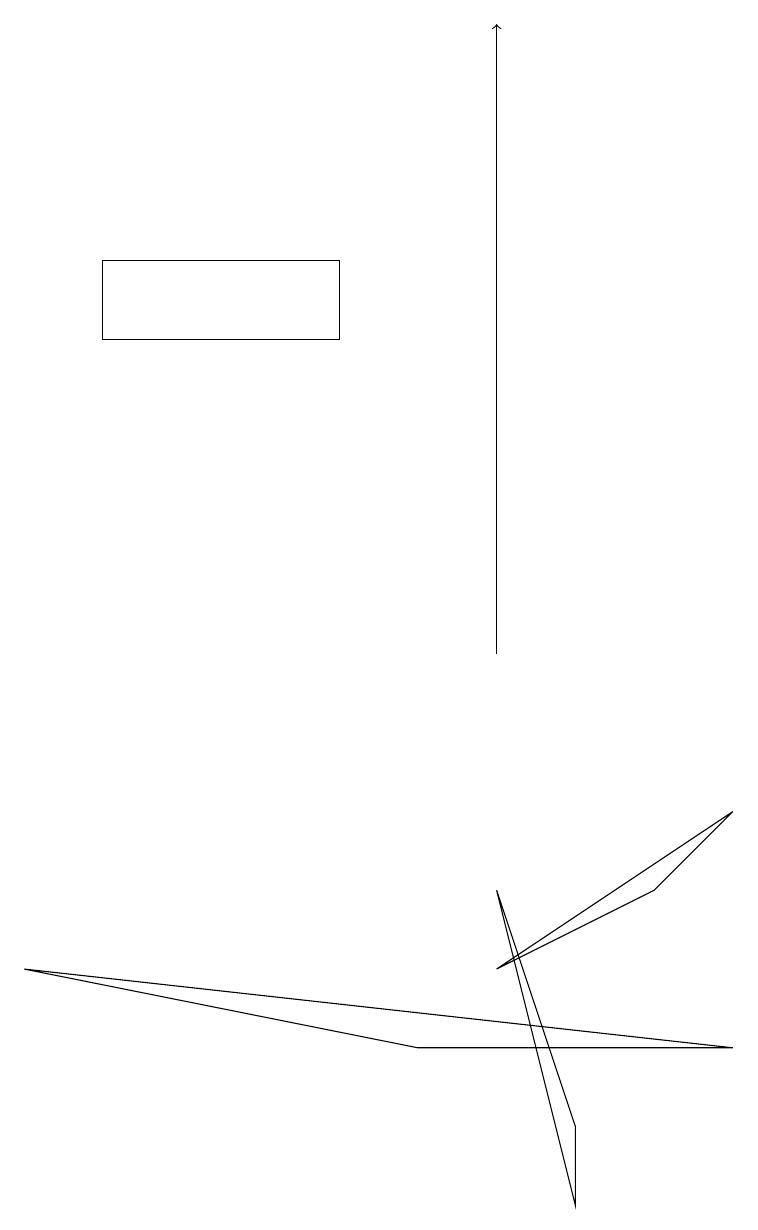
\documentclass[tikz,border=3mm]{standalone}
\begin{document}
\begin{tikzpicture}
\draw (9,8) -- (6,6) -- (8,7) -- cycle;
\draw[->] (6,10) -- (6,18);
\draw (7,3) -- (6,7) -- (7,4) -- cycle;
\draw (0,6) -- (9,5) -- (5,5) -- cycle;
\draw (4,15) rectangle (1,14);
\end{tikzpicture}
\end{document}